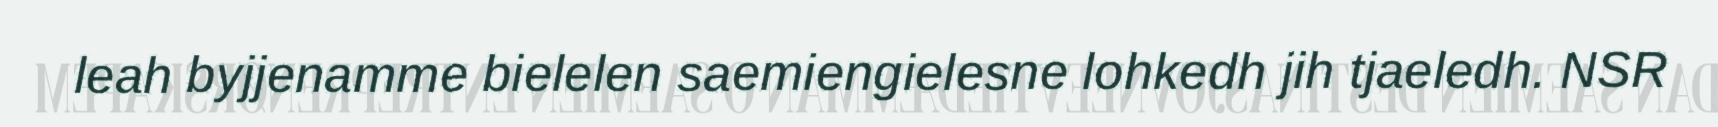
leah byjjenamme bielelen saemiengielesne lohkedh jih tjaeledh. NSR